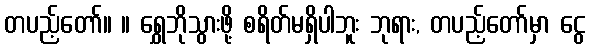
တပည့်တော်။ ။ ရွှေဘိုသွားဖို့ စရိတ်မရှိပါဘူး ဘုရား, တပည့်တော်မှာ ငွေ